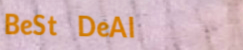
BeSt DeAl